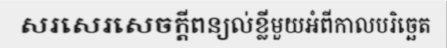
សរសេរសេចក្តីពន្យល់ខ្លីមួយអំពីកាលបរិច្ឆេត